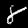
Digit: 8